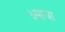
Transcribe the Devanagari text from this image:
क्ष्माया